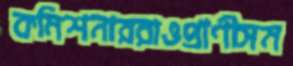
কমিশনাররাওপ্রাণীসম